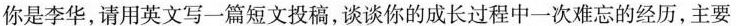
你是李华，请用英文写一篇短文投稿，谈谈你的成长过程中一次难忘的经历，主要